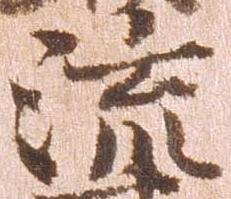
流